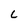
Character: C